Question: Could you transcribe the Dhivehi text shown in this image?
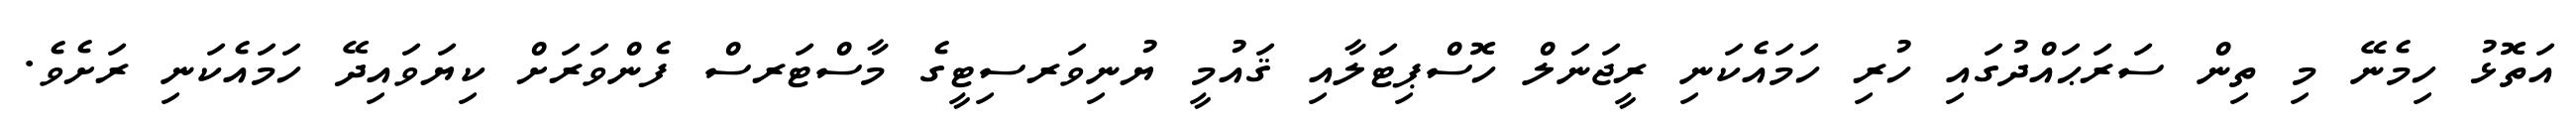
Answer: އަތޮޅު ހިމެނޭ މި ތިން ސަރަޙައްދުގައި ހުރި ހަމައެކަނި ރީޖަނަލް ހޮސްޕިޓަލާއި ޤައުމީ ޔުނިވަރސިޓީގެ މާސްޓަރސް ފެންވަރަށް ކިޔަވައިދޭ ހަމައެކަނި ރަށެވެ.